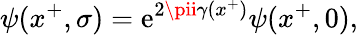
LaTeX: \psi(x^{+},\sigma)=\mathrm{e}^{2\pii\gamma(x^{+})}\psi(x^{+},0),